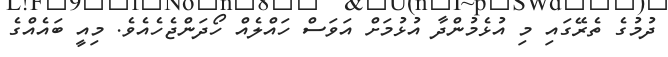
ދުމުގެ ތެރޭގައި މި އުޅެމުންދާ އުޅުމަށް އަވަސް ހައްލެއް ހޯދަންޖެހެއެވެ. މިއީ ބައެއްގެ